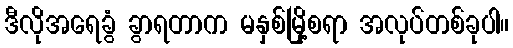
ဒီလိုအရေခွံ ခွာရတာက မနှစ်မြို့စရာ အလုပ်တစ်ခုပါ။